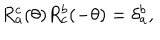
R _ { a } ^ { c } ( \theta ) R _ { c } ^ { b } ( - \theta ) = \delta _ { a } ^ { b } ,